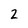
Character: 2